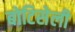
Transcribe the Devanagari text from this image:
बोटिसेली